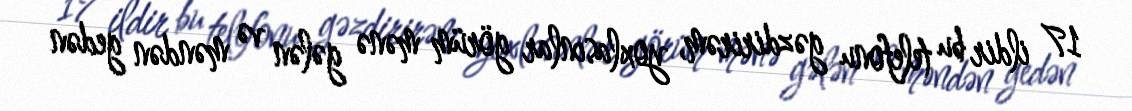
17 ildir bu telefonu gəzdirirəm, yoxlasınlar görüm mənə gələn və məndən gedən